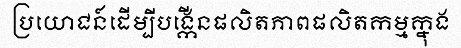
ប្រយោជន៍ដើម្បីបង្កើនផលិតភាពផលិតកម្មក្នុង